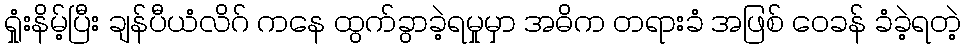
ရှုံးနိမ့်ပြီး ချန်ပီယံလိဂ် ကနေ ထွက်ခွာခဲ့ရမှုမှာ အဓိက တရားခံ အဖြစ် ဝေခန် ခံခဲ့ရတဲ့